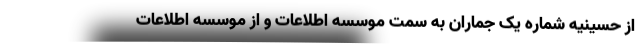
از حسینیه شماره یک جماران به سمت موسسه اطلاعات و از موسسه اطلاعات